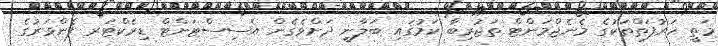
މަތީ ހަރުފަތްތަކުގެ މެނެޖްމަންޓް ތަޖުރިބާ ކަމުގައި ބަލާނީ ދަށްވެގެން އެސިސްޓަންޓް ޑިރެކްޓަރ ފެންވަރުގެ